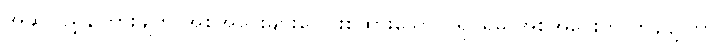
အဆိုပါညွှန်ကြားချက် အစုအဝေးများပေါင်းစုထားသော ပရိုဂရမ် အစုအဝေးကို ကွန်ပျူတာ